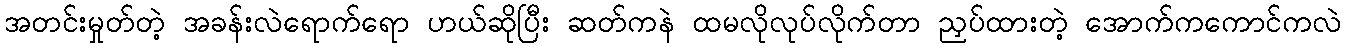
အတင်းမှုတ်တဲ့ အခန်းလဲရောက်ရော ဟယ်ဆိုပြီး ဆတ်ကနဲ ထမလိုလုပ်လိုက်တာ ညှပ်ထားတဲ့ အောက်ကကောင်ကလဲ